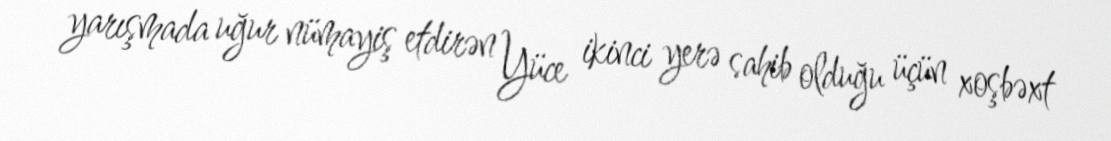
yarışmada uğur nümayiş etdirən Yüce ikinci yerə sahib olduğu üçün xoşbəxt